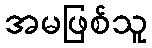
အမဖြစ်သူ